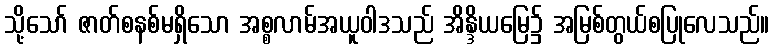
သို့သော် ဇာတ်စနစ်မရှိသော အစ္စလာမ်အယူဝါဒသည် အိန္ဒိယမြေ၌ အမြစ်တွယ်စပြုလေသည်။